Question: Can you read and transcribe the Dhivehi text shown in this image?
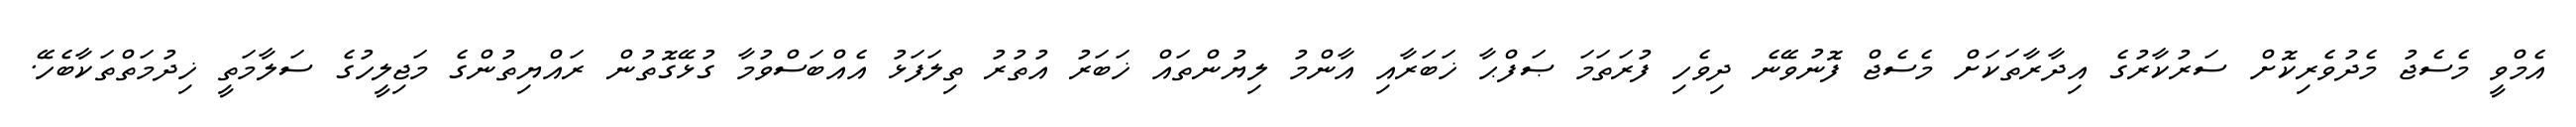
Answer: އެމްވީ މެސެޖު މެދުވެރިކޮށް ސަރުކާރުގެ އިދާރާތަކަށް މެސެޖް ފޮނުވޭނެ ދިވެހި ފުރަތަމަ ޞަފްޙާ ޚަބަރާއި އާންމު ލިޔުންތައް ޚަބަރު އުތުރު ތިލަފަޅު އެއްބަސްވުމާ ގުޅޭގޮތުން ރައްޔިތުންގެ މަޖިލީހުގެ ސަލާމަތީ ޚިދުމަތްތަކާބެހޭ.